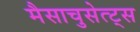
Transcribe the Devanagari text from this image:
मैसाचुसेत्ट्स